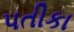
પતીકા